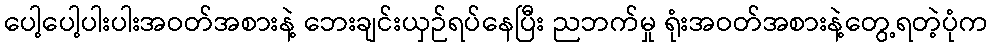
ပေါ့ပေါ့ပါးပါးအဝတ်အစားနဲ့ ဘေးချင်းယှဉ်ရပ်နေပြီး ညဘက်မှု ရုံးအဝတ်အစားနဲ့တွေ့ရတဲ့ပုံက